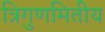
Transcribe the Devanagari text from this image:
त्रिगुणमितीय